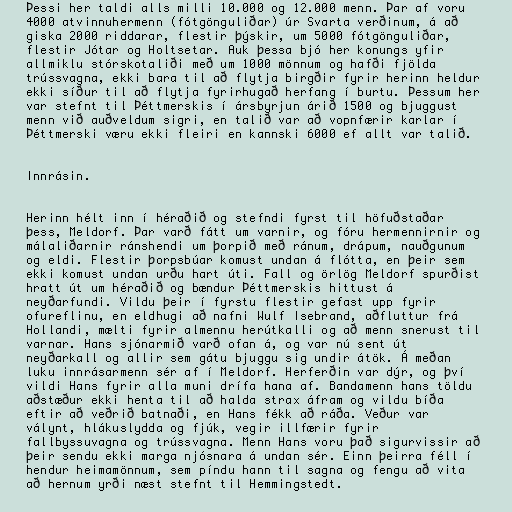
Þessi her taldi alls milli 10.000 og 12.000 menn. Þar af voru
4000 atvinnuhermenn (fótgönguliðar) úr Svarta verðinum, á að
giska 2000 riddarar, flestir þýskir, um 5000 fótgönguliðar,
flestir Jótar og Holtsetar. Auk þessa bjó her konungs yfir
allmiklu stórskotaliði með um 1000 mönnum og hafði fjölda
trússvagna, ekki bara til að flytja birgðir fyrir herinn heldur
ekki síður til að flytja fyrirhugað herfang í burtu. Þessum her
var stefnt til Þéttmerskis í ársbyrjun árið 1500 og bjuggust
menn við auðveldum sigri, en talið var að vopnfærir karlar í
Þéttmerski væru ekki fleiri en kannski 6000 ef allt var talið.

Innrásin.

Herinn hélt inn í héraðið og stefndi fyrst til höfuðstaðar
þess, Meldorf. Þar varð fátt um varnir, og fóru hermennirnir og
málaliðarnir ránshendi um þorpið með ránum, drápum, nauðgunum
og eldi. Flestir þorpsbúar komust undan á flótta, en þeir sem
ekki komust undan urðu hart úti. Fall og örlög Meldorf spurðist
hratt út um héraðið og bændur Þéttmerskis hittust á
neyðarfundi. Vildu þeir í fyrstu flestir gefast upp fyrir
ofureflinu, en eldhugi að nafni Wulf Isebrand, aðfluttur frá
Hollandi, mælti fyrir almennu herútkalli og að menn snerust til
varnar. Hans sjónarmið varð ofan á, og var nú sent út
neyðarkall og allir sem gátu bjuggu sig undir átök. Á meðan
luku innrásarmenn sér af í Meldorf. Herferðin var dýr, og því
vildi Hans fyrir alla muni drífa hana af. Bandamenn hans töldu
aðstæður ekki henta til að halda strax áfram og vildu bíða
eftir að veðrið batnaði, en Hans fékk að ráða. Veður var
válynt, hlákuslydda og fjúk, vegir illfærir fyrir
fallbyssuvagna og trússvagna. Menn Hans voru það sigurvissir að
þeir sendu ekki marga njósnara á undan sér. Einn þeirra féll í
hendur heimamönnum, sem píndu hann til sagna og fengu að vita
að hernum yrði næst stefnt til Hemmingstedt.